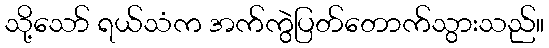
သို့သော် ရယ်သံက အက်ကွဲပြတ်တောက်သွားသည်။